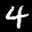
Label: 4